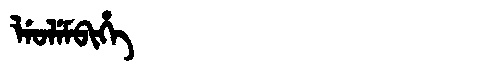
Manchu: ᠯᡝᠣᠯᡝᠮᠪᡳᡥᡝ
Romanization: LEOLEMBIHE